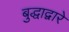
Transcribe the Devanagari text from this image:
बुद्धाद्वारे